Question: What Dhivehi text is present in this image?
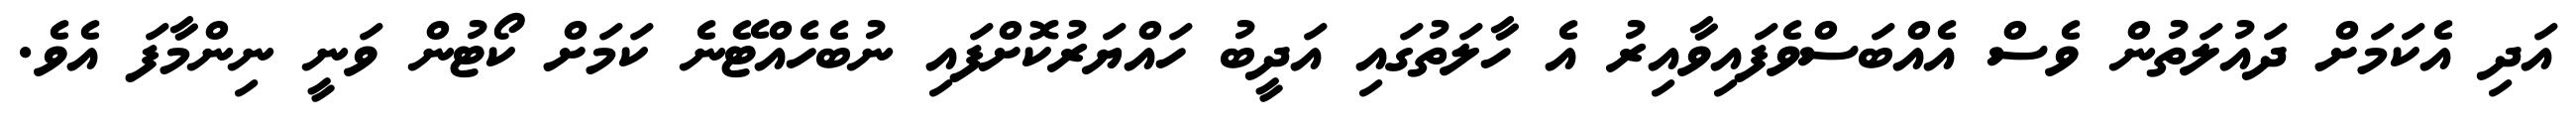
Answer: އަދި އެކަމަށް ދައުލަތުން ވެސް އެއްބަސްވެފައިވާއިރު އެ ހާލަތުގައި އަދީބު ހައްޔަރުކޮށްފައި ނުބެހެއްޓޭނެ ކަމަށް ކޯޓުން ވަނީ ނިންމާފަ އެވެ.